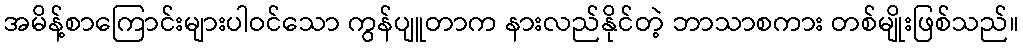
အမိန့်စာကြောင်းများပါဝင်သော ကွန်ပျူတာက နားလည်နိုင်တဲ့ ဘာသာစကား တစ်မျိုးဖြစ်သည်။